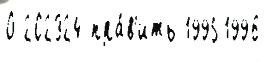
О 202324 пра́в'ить 19951996